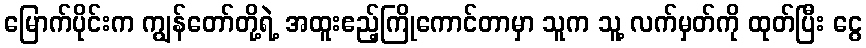
မြောက်ပိုင်းက ကျွန်တော်တို့ရဲ့ အထူးဧည့်ကြိုကောင်တာမှာ သူက သူ့ လက်မှတ်ကို ထုတ်ပြီး ငွေ